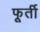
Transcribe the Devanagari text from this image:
फूर्ती